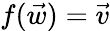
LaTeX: f(\vec{w})=\vec{v}